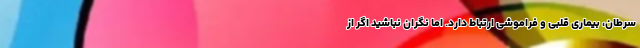
سرطان، بیماری قلبی و فراموشی ارتباط دارد. اما نگران نباشید اگر از